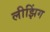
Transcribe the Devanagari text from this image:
लीझिंग